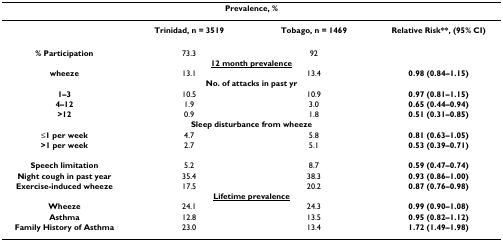
<table><thead><tr><td colspan="4"><b>Prevalence, %</b></td></tr></thead><tbody><tr><td></td><td><b>Trinidad, n = 3519</b></td><td><b>Tobago, n = 1469</b></td><td><b>Relative Risk**, (95% CI)</b></td></tr><tr><td><b>% Participation</b></td><td>73.3</td><td>92</td><td></td></tr><tr><td colspan="4"><underline><b>12 month prevalence</b></underline></td></tr><tr><td><b>wheeze</b></td><td>13.1</td><td>13.4</td><td><b>0.98 (0.84–1.15)</b></td></tr><tr><td colspan="4"><b>No. of attacks in past yr</b></td></tr><tr><td><b>1–3</b></td><td>10.5</td><td>10.9</td><td><b>0.97 (0.81–1.15)</b></td></tr><tr><td><b>4–12</b></td><td>1.9</td><td>3.0</td><td><b>0.65 (0.44–0.94)</b></td></tr><tr><td><b>&gt;12</b></td><td>0.9</td><td>1.8</td><td><b>0.51 (0.31–0.85)</b></td></tr><tr><td colspan="4"><b>Sleep disturbance from wheeze</b></td></tr><tr><td><b>≤1 per week</b></td><td>4.7</td><td>5.8</td><td><b>0.81 (0.63–1.05)</b></td></tr><tr><td><b>&gt;1 per week</b></td><td>2.7</td><td>5.1</td><td><b>0.53 (0.39–0.71)</b></td></tr><tr><td><b>Speech limitation</b></td><td>5.2</td><td>8.7</td><td><b>0.59 (0.47–0.74)</b></td></tr><tr><td><b>Night cough in past year</b></td><td>35.4</td><td>38.3</td><td><b>0.93 (0.86–1.00)</b></td></tr><tr><td><b>Exercise-induced wheeze</b></td><td>17.5</td><td>20.2</td><td><b>0.87 (0.76–0.98)</b></td></tr><tr><td colspan="4"><b><underline>Lifetime prevalence</underline></b></td></tr><tr><td><b>Wheeze</b></td><td>24.1</td><td>24.3</td><td><b>0.99 (0.90–1.08)</b></td></tr><tr><td><b>Asthma</b></td><td>12.8</td><td>13.5</td><td><b>0.95 (0.82–1.12)</b></td></tr><tr><td><b>Family History of Asthma</b></td><td>23.0</td><td>13.4</td><td><b>1.72 (1.49–1.98)</b></td></tr></tbody></table>